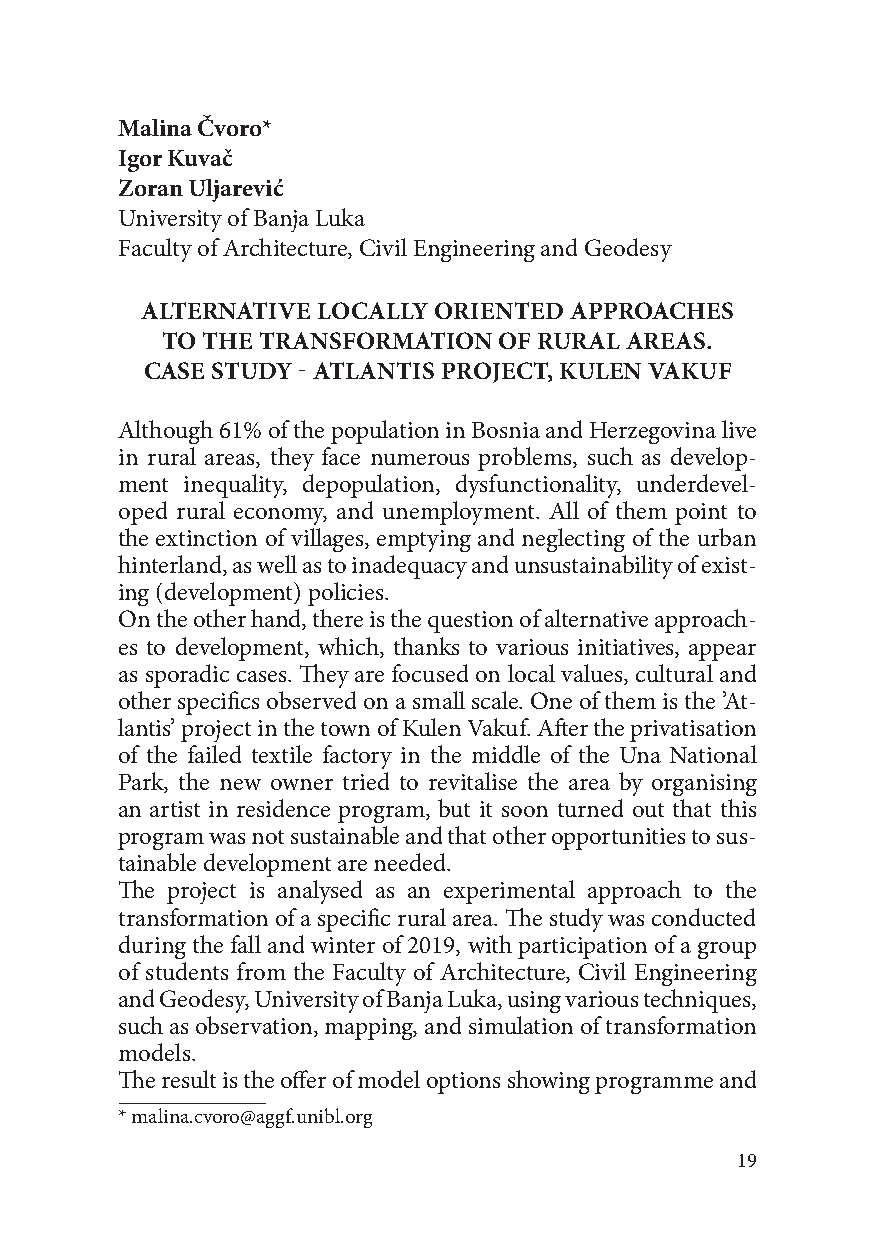
Malina Čvoro*
 Igor Kuvač
 Zoran Ulјarević
 University of Banja Luka
 Faculty of Architecture, Civil Engineering and Geodesy
 ALTERNATIVE LOCALLY ORIENTED APPROACHES
 TO THE TRANSFORMATION OF RURAL AREAS.
 CASE STUDY - ATLANTIS PROJECT, KULEN VAKUF
 Although 61% of the population in Bosnia and Herzegovina live
 in rural areas, they face numerous problems, such as develop-
 ment inequality, depopulation, dysfunctionality, underdevel-
 oped rural economy, and unemployment. All of them point to
 the extinction of villages, emptying and neglecting of the urban
 hinterland, as well as to inadequacy and unsustainability of exist-
 ing (development) policies.
 On the other hand, there is the question of alternative approach-
 es to development, which, thanks to various initiatives, appear
 as sporadic cases. They are focused on local values, cultural and
 other specifics observed on a small scale. One of them is the ’At-
 lantis’ project in the town of Kulen Vakuf. After the privatisation
 of the failed textile factory in the middle of the Una National
 Park, the new owner tried to revitalise the area by organising
 an artist in residence program, but it soon turned out that this
 program was not sustainable and that other opportunities to sus-
 tainable development are needed.
 The project is analysed as an experimental approach to the
 transformation of a specific rural area. The study was conducted
 during the fall and winter of 2019, with participation of a group
 of students from the Faculty of Architecture, Civil Engineering
 and Geodesy, University of Banja Luka, using various techniques,
 such as observation, mapping, and simulation of transformation
 models.
 The result is the offer of model options showing programme and
 * malina.cvoro@aggf.unibl.org
 19